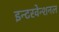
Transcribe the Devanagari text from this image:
इन्टरवेन्शनल